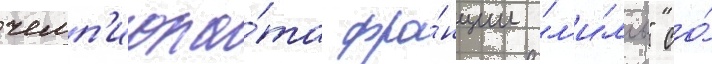
чемп'иона́та фра́нции "л'и́лль" со́